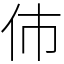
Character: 伂